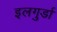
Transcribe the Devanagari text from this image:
इलगुर्डा